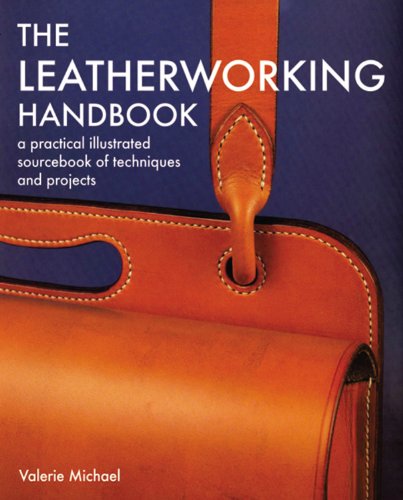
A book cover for Leatherworking Handbook: A Practical Illustrated Sourcebook of Techniques and Projects; Valerie Michael; Crafts, Hobbies & Home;